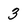
Character: 3